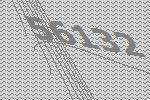
56132